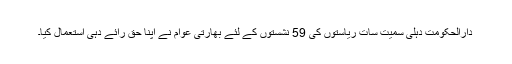
دارالحکومت دہلی سمیت سات ریاستوں کی 59 نشستوں کے لئے بھارتی عوام نے اپنا حق رائے دہی استعمال کیا۔